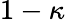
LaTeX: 1-\kappa